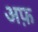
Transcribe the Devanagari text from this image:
अफ़